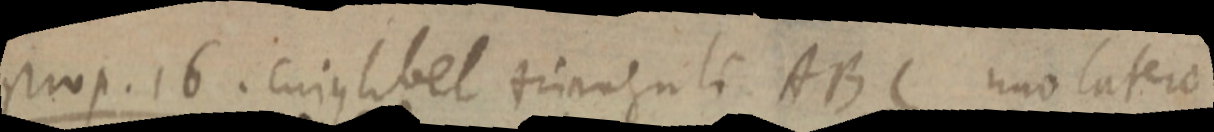
prop. 16. cujus libet triangule ABC uno latere